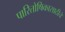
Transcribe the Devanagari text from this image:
पारितोषिकासाठीचे